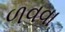
ળવવા